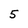
Character: 5